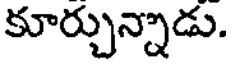
కూర్చున్నాడు.